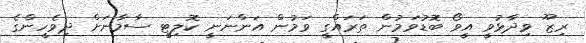
ރިޒޫ ވިދާޅުވީ އީވޯ ބޮޑުވަމުން ތަރައްގީ ވަމުން އަންނަނީ ކޮލިޓީ ސާމާނަށް ދިވެހީންގެ